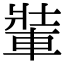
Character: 𨌄